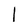
Character: I